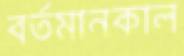
বর্তমানকাল